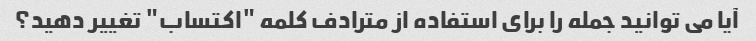
آیا می توانید جمله را برای استفاده از مترادف کلمه "اکتساب" تغییر دهید؟